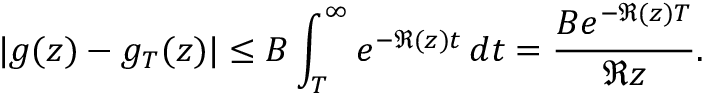
| g ( z ) - g _ { T } ( z ) | \leq B \int _ { T } ^ { \infty } e ^ { - \Re ( z ) t } \, d t = { \frac { B e ^ { - \Re ( z ) T } } { \Re z } } .